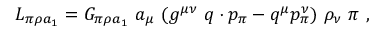
{ \cal L } _ { \pi \rho a _ { 1 } } = G _ { \pi \rho a _ { 1 } } \ a _ { \mu } \ ( g ^ { \mu \nu } \ q \cdot p _ { \pi } - q ^ { \mu } p _ { \pi } ^ { \nu } ) \ \rho _ { \nu } \ \pi \ ,